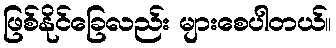
ဖြစ်နိုင်ခြေလည်း များစေပါတယ်။